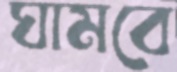
ঘামবে